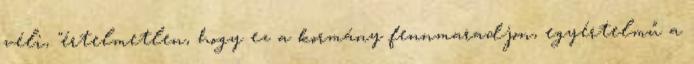
véli, "értelmetlen, hogy ez a kormány fennmaradjon, egyértelmű a